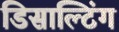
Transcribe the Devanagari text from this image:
डिसाल्टिंग